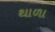
થાળા